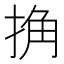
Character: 捔